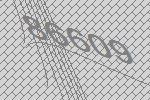
86609